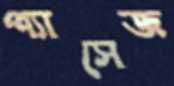
প্যাসেজ